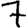
Digit: 7